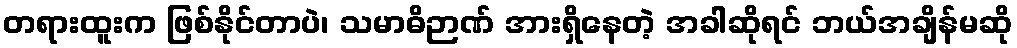
တရားထူးက ဖြစ်နိုင်တာပဲ၊ သမာဓိဉာဏ် အားရှိနေတဲ့ အခါဆိုရင် ဘယ်အချိန်မဆို